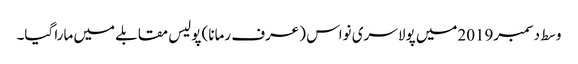
وسط دسمبر2019میں پولا سری نواس (عرف رمانا) پولیس مقابلے میں مارا گیا۔